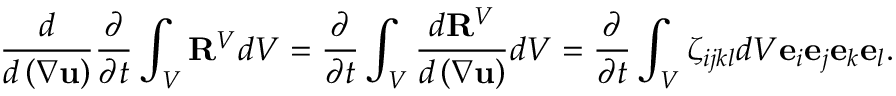
\frac { d } { d \left( \nabla \mathbf { u } \right) } \frac { \partial } { \partial t } \int _ { V } \mathbf { R } ^ { V } d V = \frac { \partial } { \partial t } \int _ { V } \frac { d \mathbf { R } ^ { V } } { d \left( \nabla \mathbf { u } \right) } d V = \frac { \partial } { \partial t } \int _ { V } \zeta _ { i j k l } d V \mathbf { e } _ { i } \mathbf { e } _ { j } \mathbf { e } _ { k } \mathbf { e } _ { l } .